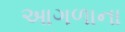
આગળાના